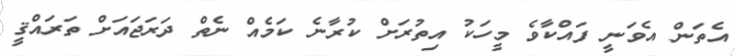
އެތަން އެވަނީ ފައްކާވެ މީހަކު އިތުރަށް ކުރާނެ ކަމެއް ނެތް ދަރަޖައަށް ތަރައްޤީ